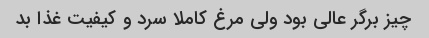
چیز برگر عالی بود ولی مرغ کاملا سرد و کیفیت غذا بد